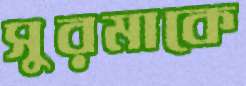
সুরমাকে